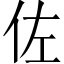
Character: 佐